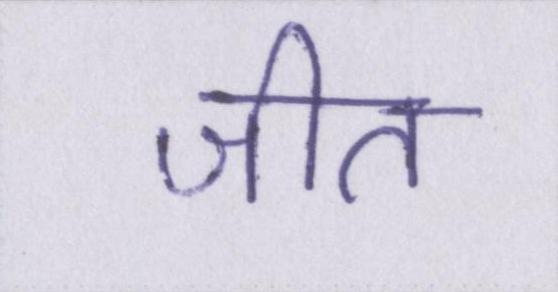
जीत